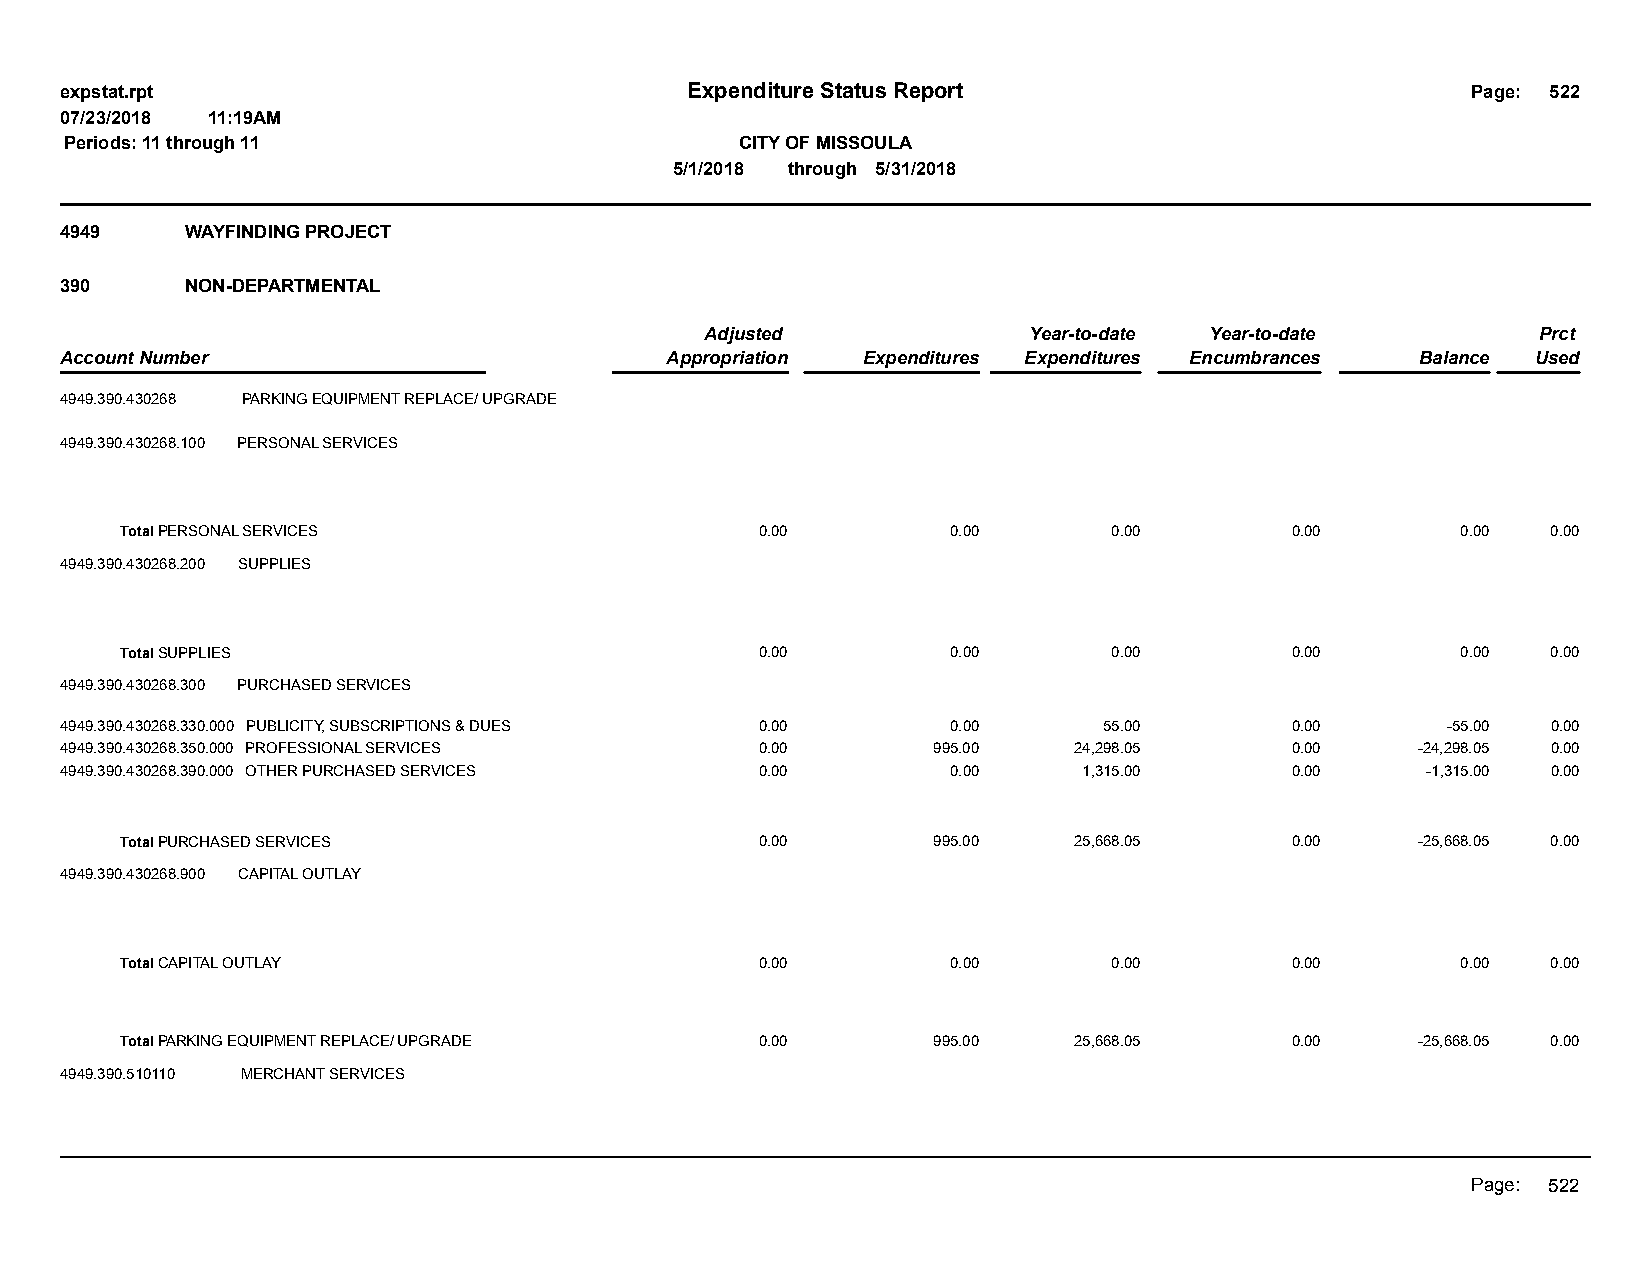
expstat.rpt                              Expenditure Status Report                           Page: 522
 07/23/2018 11:19AM
 Periods: 11 through 11                       CITY OF MISSOULA
 5/1/2018 through 5/31/2018
 4949    WAYFINDING PROJECT
 390     NON-DEPARTMENTAL
 Adjusted             Year-to-date Year-to-date         Prct
 Account Number                          Appropriation Expenditures Expenditures Encumbrances Balance Used
 4949.390.430268 PARKING EQUIPMENT REPLACE/ UPGRADE
 4949.390.430268.100 PERSONAL SERVICES
 Total PERSONAL SERVICES                   0.00         0.00       0.00       0.00        0.00  0.00
 4949.390.430268.200 SUPPLIES
 Total SUPPLIES                            0.00         0.00       0.00       0.00        0.00  0.00
 4949.390.430268.300 PURCHASED SERVICES
 4949.390.430268.330.000 PUBLICITY, SUBSCRIPTIONS & DUES 0.00 0.00    55.00       0.00       -55.00 0.00
 4949.390.430268.350.000 PROFESSIONAL SERVICES 0.00        995.00   24,298.05     0.00     -24,298.05 0.00
 4949.390.430268.390.000 OTHER PURCHASED SERVICES 0.00      0.00     1,315.00     0.00     -1,315.00 0.00
 Total PURCHASED SERVICES                  0.00        995.00   25,668.05     0.00     -25,668.05 0.00
 4949.390.430268.900 CAPITAL OUTLAY
 Total CAPITAL OUTLAY                      0.00         0.00       0.00       0.00        0.00  0.00
 Total PARKING EQUIPMENT REPLACE/ UPGRADE  0.00        995.00   25,668.05     0.00     -25,668.05 0.00
 4949.390.510110 MERCHANT SERVICES
 Page: 522